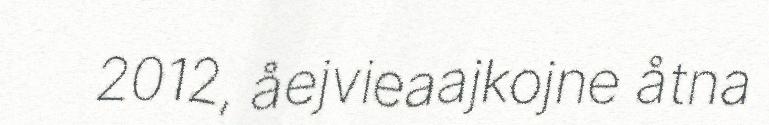
2012, åejvieaajkojne åtna